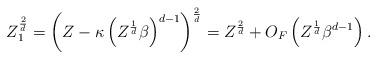
LaTeX: \begin{align*} Z_1^{\frac{2}{d}} = \left(Z - \kappa \left(Z^{\frac{1}{d}} \beta \right)^{d-1} \right)^{\frac{2}{d}} = Z^{\frac{2}{d}} + O_F \left(Z^{\frac{1}{d}} \beta^{d-1} \right).\end{align*}